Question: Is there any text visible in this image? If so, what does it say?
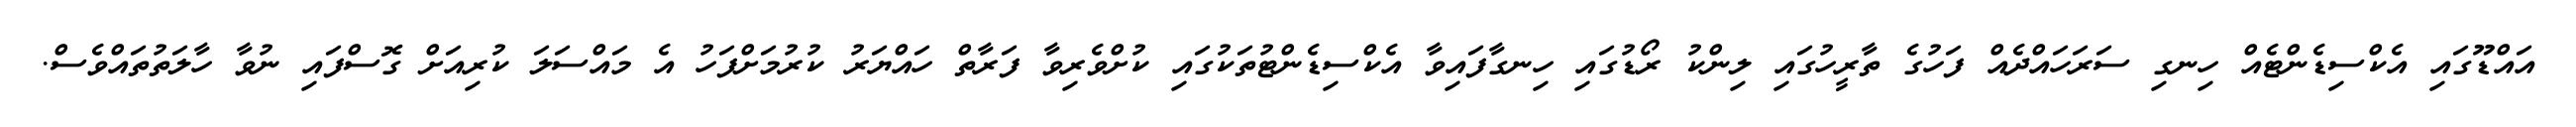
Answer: އައްޑޫގައި އެކްސިޑެންޓެއް ހިނގި ސަރަހައްދެއް ފަހުގެ ތާރީހުގައި ލިންކު ރޯޑުގައި ހިނގާފައިވާ އެކްސިޑެންޓުތަކުގައި ކުށްވެރިވާ ފަރާތް ހައްޔަރު ކުރުމަށްފަހު އެ މައްސަލަ ކުރިއަށް ގޮސްފައި ނުވާ ހާލަތުތައްވެސް.